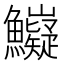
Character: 𲍄